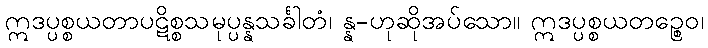
ဣဒပ္ပစ္စယတာပဋိစ္စသမုပ္ပန္နသင်္ခါတံ၊ န္န-ဟုဆိုအပ်သော။ ဣဒပ္ပစ္စယတဉ္စေဝ၊